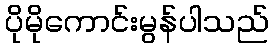
ပိုမိုကောင်းမွန်ပါသည်